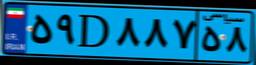
۵۹D۸۸۷۵۸